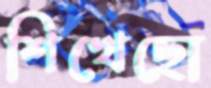
শিখেছো